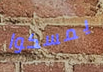
يمسكوا